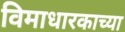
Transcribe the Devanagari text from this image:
विमाधारकाच्या